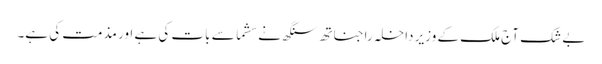
بے شک آج ملک کے وزیر داخلہ راجناتھ سنگھ نے سشما سے بات کی ہے اور مذمت کی ہے۔